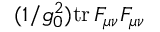
( 1 / g _ { 0 } ^ { 2 } ) \mathrm { t r } \, F _ { \mu \nu } F _ { \mu \nu }